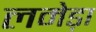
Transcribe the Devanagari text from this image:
लमेड़ा